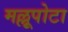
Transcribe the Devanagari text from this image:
मल्लूपोटा